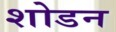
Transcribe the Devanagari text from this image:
शोडन